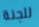
للجنة